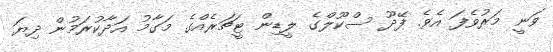
ވަނީ މަރުވެފަ އެވެ. ފޭދޫ ސްކޫލްގެ ލީޑިން ޓީޗަރެއްގެ މަގާމު އަދާކުރަމުން ދިޔަ